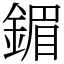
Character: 鎇